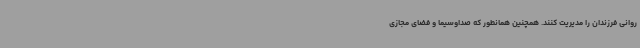
روانی فرزندان را مدیریت کنند. همچنین همانطور که صداوسیما و فضای مجازی